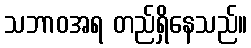
သဘာဝအရ တည်ရှိနေသည်။